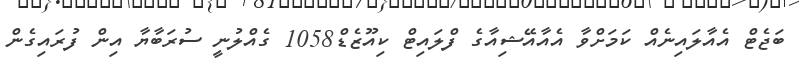
ބަޖެޓް އެއާލައިނެއް ކަމަށްވާ އެއާއޭޝިއާގެ ފްލައިޓް ކިއޫޒެޑް1058 ގެއްލުނީ ސުރަބާޔާ އިން ފުރައިގެން